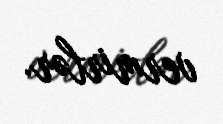
vermirlər.